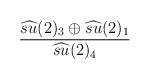
\begin{align*}\frac{\widehat{su} (2)_{3}\oplus \widehat{su} (2)_{1}}{\widehat{su} (2)_{4}}\end{align*}